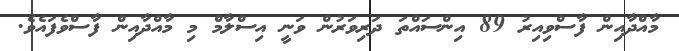
މާއްދާއިން ފާސްވިއިރު 89 އިންސައްތަ ދަރިވަރުން ވަނީ އިސްލާމް މި މާއްދާއިން ފާސްވެފައެވެ.